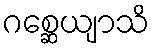
ဂစ္ဆေယျာသိ